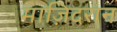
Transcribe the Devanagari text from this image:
माज़िदरान